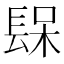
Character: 𨲃